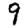
Digit: 9